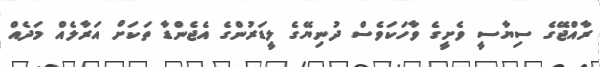
ރާއްޖޭގެ ސިޔާސީ ވެށީގެ ވާހަކަވެސް ދުނިޔޭގެ ލީޑަރުންގެ އެޖެންޑާ ތަކަށް އަރާލެއް މަދެއް